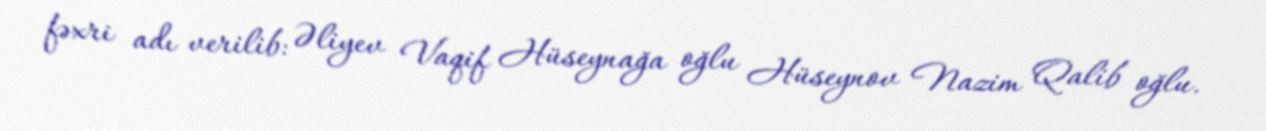
fəxri adı verilib: Əliyev Vaqif Hüseynağa oğlu Hüseynov Nazim Qalib oğlu.